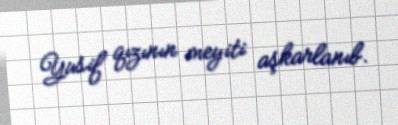
Yusif qızının meyiti aşkarlanıb.